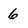
Character: 6